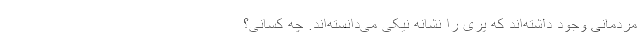
مردمانی وجود داشته‌اند که پری را نشانه نیکی می‌دانسته‌اند. چه کسانی؟